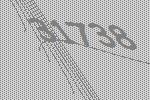
31738